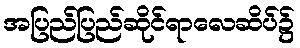
အပြည်ပြည်ဆိုင်ရာလေဆိပ်၌